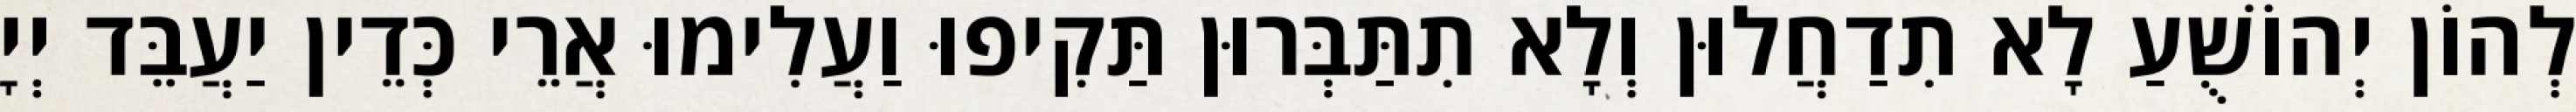
לְהוֹן יְהוֹשֻׁעַ לָא תִדַחֲלוּן וְלָא תִתַּבְּרוּן תַּקִיפוּ וַעֲלִימוּ אֲרֵי כְּדֵין יַעֲבֵּד יְיָ